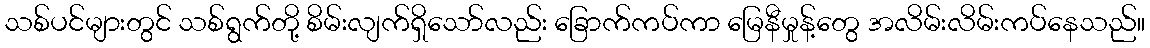
သစ်ပင်များတွင် သစ်ရွက်တို့ စိမ်းလျက်ရှိသော်လည်း ခြောက်ကပ်ကာ မြေနီမှုန့်တွေ အလိမ်းလိမ်းကပ်နေသည်။